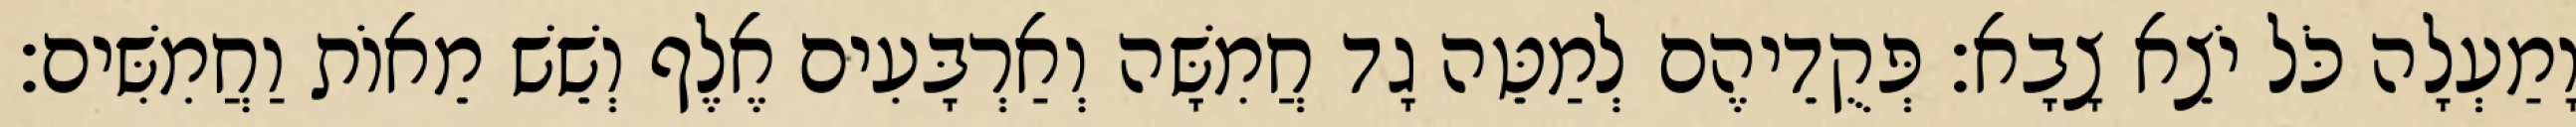
וָמַעְלָה כֹּל יֹצֵא צָבָא׃ פְּקֻדֵיהֶם לְמַטֵּה גָד חֲמִשָּׁה וְאַרְבָּעִים אֶלֶף וְשֵׁשׁ מֵאוֹת וַחֲמִשִּׁים׃